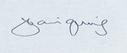
Signature authenticity: genuine